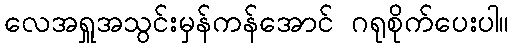
လေအရှူအသွင်းမှန်ကန်အောင် ဂရုစိုက်ပေးပါ။